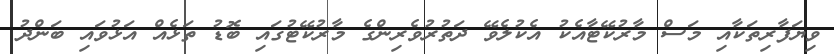
ވިޔަފާރިތަކާއި މަސް މާރުކޭޓާއެކު އެކުލެވޭ ދަތުރުވެރިންގެ މާރުކޭޓުގައި ބޮޑު ތަޅެއް އަޅުވައި ބަންދު